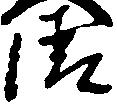
清